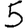
Digit: 5